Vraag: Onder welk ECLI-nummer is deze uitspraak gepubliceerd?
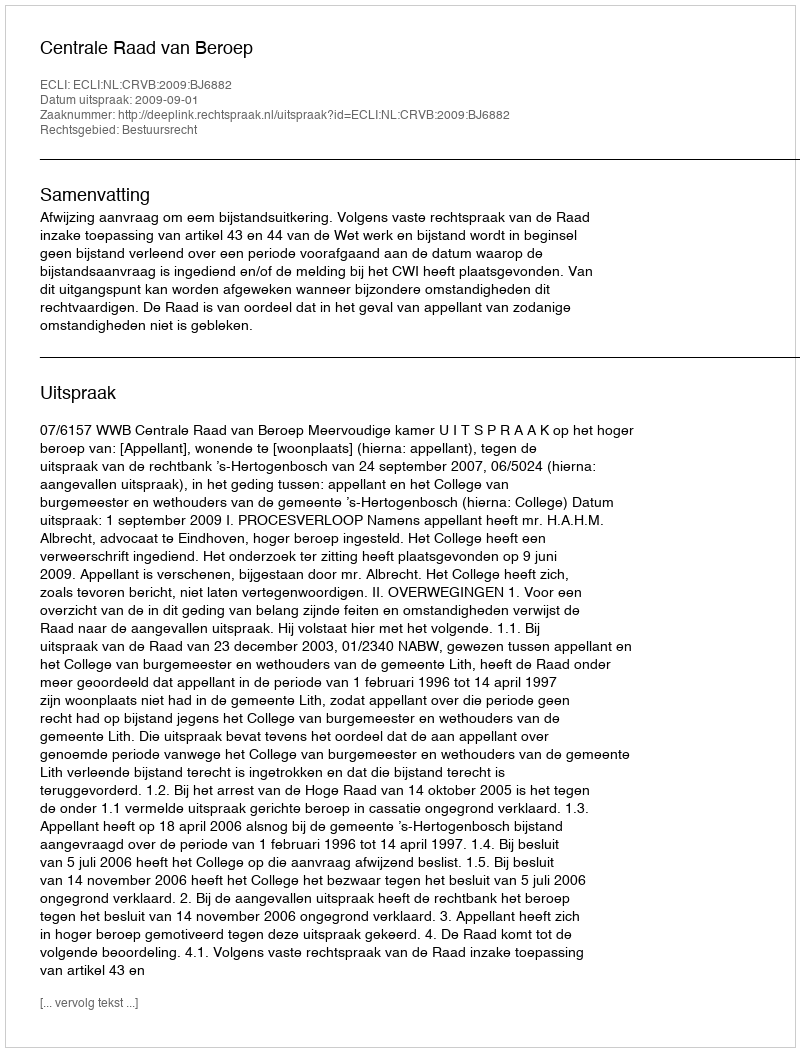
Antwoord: ECLI:NL:CRVB:2009:BJ6882